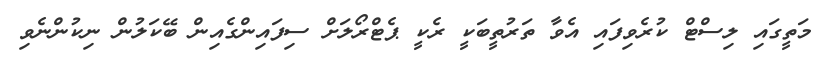
މަތީގައި ލިސްޓް ކުރެވިފައި އެވާ ތަރުތީބަކީ ރެކީ ޕެޓްރޯލަށް ސިފައިންގެއިން ބޭކަލުން ނިކުންނެވި